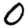
Digit: 0